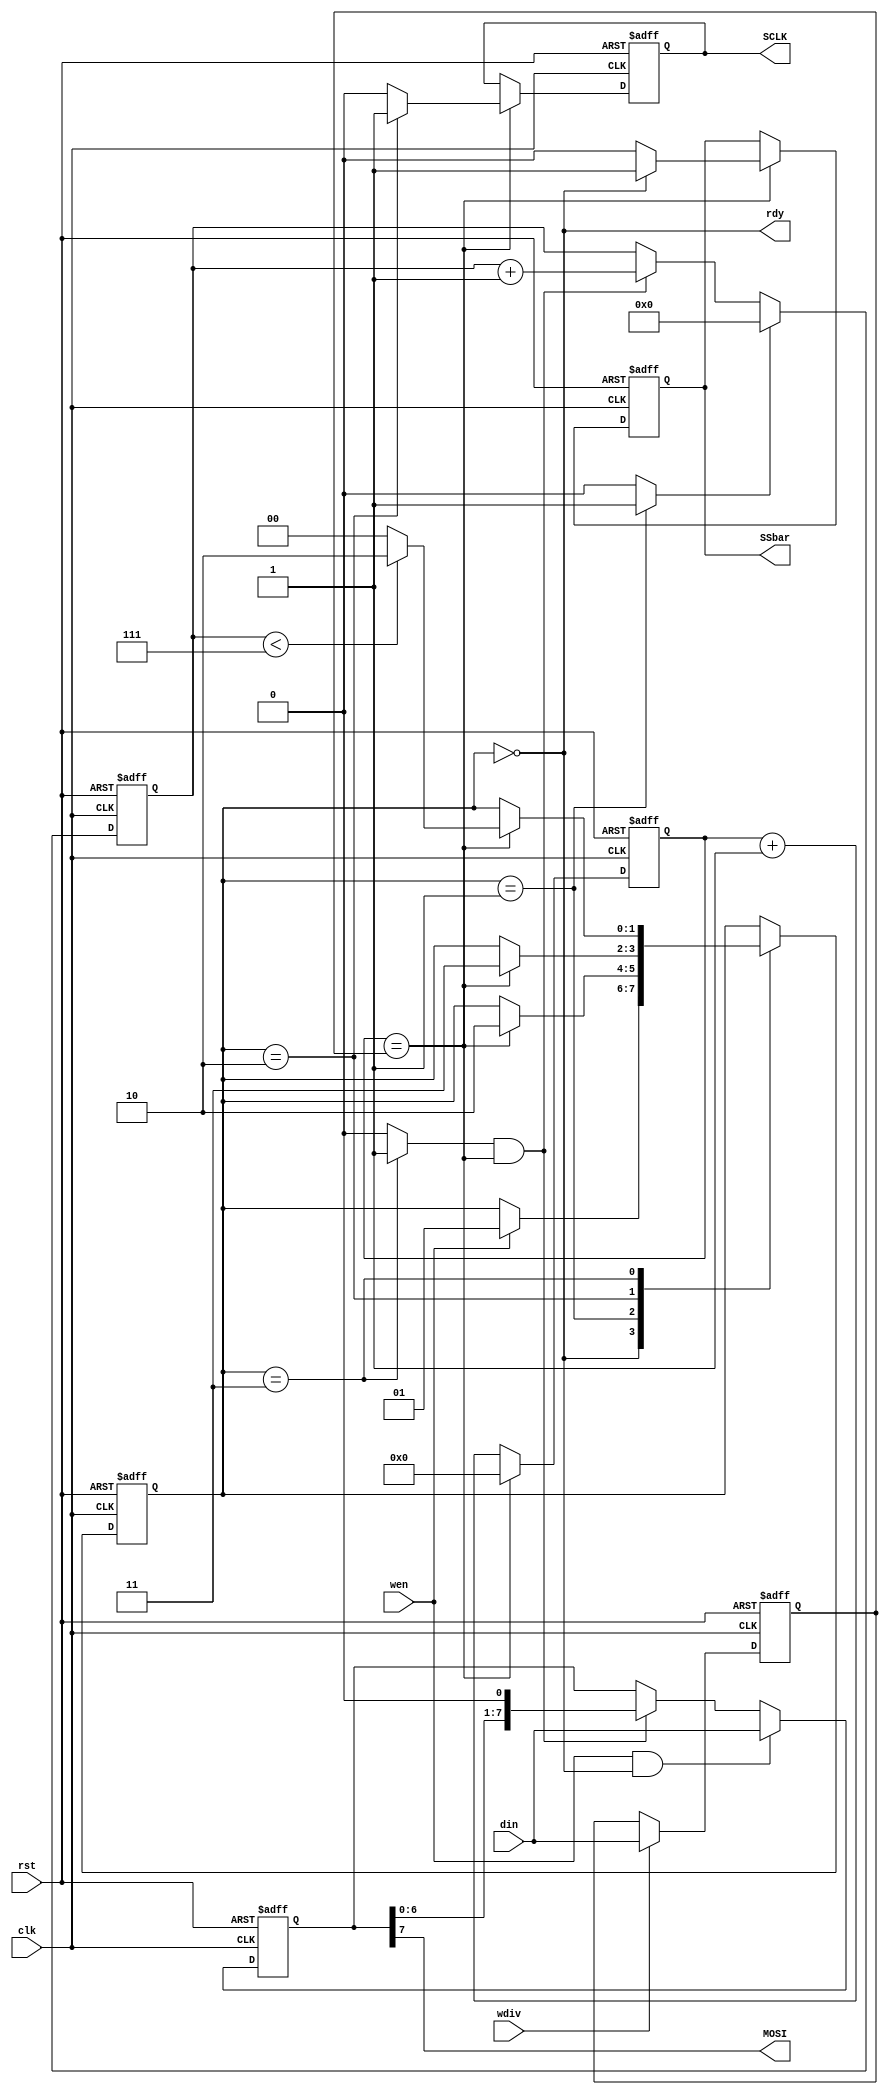
module spim(
    input clk,
    input rst,
	 
    input[7:0] din,
    input wen,
    input wdiv,
    output rdy,
	 
    output reg SCLK,
    output MOSI,
    output reg SSbar
    );
// SPI Master Mode 0 . http://elm-chan.org/docs/spi_e.html

	wire tick;
	reg[7:0] clk_div_count;
	reg[1:0] state,n_state;
	reg shift;
	reg[7:0] div,data;
	reg nSSr,SCLKr;
	reg[3:0] bit_count;
	reg bit_count_rst,bit_count_en;
	
	always @(posedge clk or posedge rst) begin
		if(rst) clk_div_count <= 0;
		else
				if(tick) clk_div_count <= 0;
				else clk_div_count <= clk_div_count + 1;
	end
	assign tick = (clk_div_count == div);
	
	
	
	
	assign rdy = (state == 0);
	
	
	always @(posedge clk or posedge rst) begin
		if(rst) begin
			data <= 0;
			div <= 0;
		end
		else begin
			if(wen & rdy) data <= din;
			else if(shift & tick) data <= { data[6:0] , 1'b0 };
			if(wdiv) div <= din;
		end
	end
	assign MOSI = data[7];
	
	
	
	
	always @(posedge clk or posedge rst) begin
		if(rst) begin
			SSbar <= 1;
			SCLK <= 0;
		end
		else begin
			if(tick) begin
				SSbar <= nSSr;
				SCLK <= SCLKr;
			end
		end
	end
	
	
	always @(posedge clk or posedge rst) begin
		if(rst) bit_count <= 0;
		else
			if(bit_count_rst) bit_count <= 0;
			else if(tick & bit_count_en) bit_count <= bit_count + 1;
	end
	
	always @(posedge clk or posedge rst) begin
		if(rst) state <= 0;
		else state <= n_state;
	end
	
	always @(*) begin
		n_state <= state;
		nSSr <= 0;
		bit_count_rst <= 0;
		SCLKr <= 0;
		shift <= 0;
		bit_count_en <= 0;
		case(state)
			0: begin
					nSSr <= 1;
					if(wen) n_state <= 1;
				end
			1: begin
					bit_count_rst <= 1;
					if(tick) n_state <= 2;
				end
			2: begin
					SCLKr <= 1;
					if(tick) n_state <= 3;
				end
			3: begin
					shift <= 1;
					bit_count_en <= 1;
					if(tick)
						if(bit_count < 7) n_state <= 2;
						else n_state <= 0;
				end
		endcase
	end
endmodule